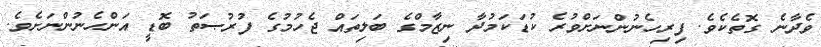
ވެދާނެ ގޮތެކެވެ. ފިރިހެނުންނަށްވުރެ ކުޑަކަމުދާ ނިޒާމްގެ ބަލިތައް ޖެހުމުގެ ފުރުޞަތު ބޮޑީ އަންހެނުންނަށެވެ.